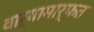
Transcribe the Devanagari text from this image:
वाऱ्यामार्फत